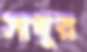
সাধুর